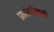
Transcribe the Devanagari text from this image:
फ्रांसनिवासी